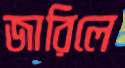
জারিলে